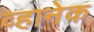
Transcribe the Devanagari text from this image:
व्हानेक